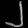
Digit: ၂